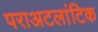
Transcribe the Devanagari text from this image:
पराअटलांटिक